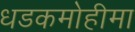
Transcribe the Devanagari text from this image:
धडकमोहीमा